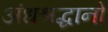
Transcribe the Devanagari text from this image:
अंधश्रद्धानो